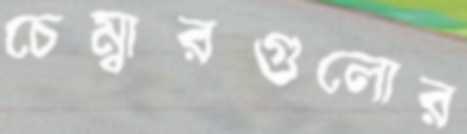
চেম্বারগুলোর